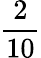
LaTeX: \frac{2}{10}